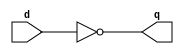
`timescale 1ns/1ps

module inverter(input [3:0] d,
		output reg [3:0] q);

   always @(*) //* will check all signal after <=
     begin     // in this case, we can also write 'd' in place of '*'
	q <= ~d;
     end
endmodule // inverter